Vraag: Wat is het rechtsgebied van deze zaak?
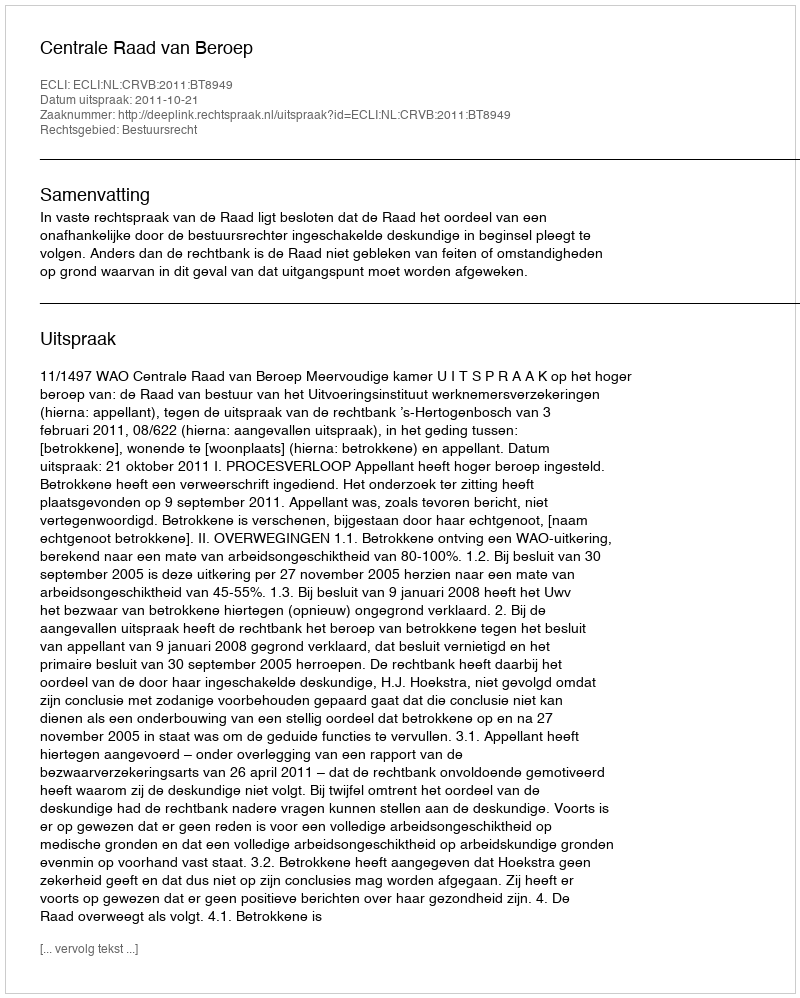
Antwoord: Bestuursrecht